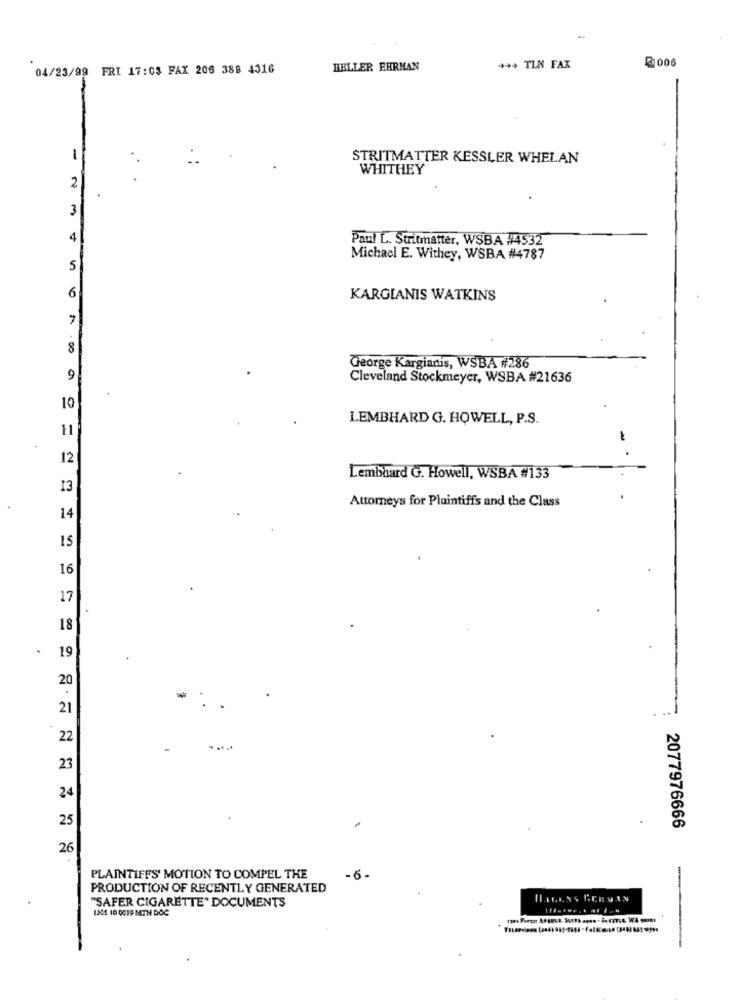
2006
04/23/99 FRI 17:03 FAX 206 388 4316
HELLER EHRMAN
++4 TLN FAX
STRITMATTER KESSLER WHELAN
WHITHEY
2
3
4
Paul L. Stritmatter, WSBA #4532
Michael E. Withey, WSBA #4787
5
6
KARGIANIS WATKINS
8
George Kargianis, WSBA #286
9
Cleveland Stockmeyer, WSBA #21636
10
LEMBHARD G. HOWELL, P.S.
11
12
--
Lembhard G. Howell, WSBA #133
13
Attorneys for Plaintiffs and the Class
14
IS
16
17
18
.
19
20
21
22
. ...
23
24
25
2077976666
26
PLAINTIFFS' MOTION TO COMPEL THE
-6-
PRODUCTION OF RECENTLY GENERATED
"SAFER CIGARETTE" DOCUMENTS
INS 10 0019 MTN DOC
-